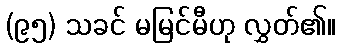
(၉၅) သခင် မမြင်မီဟု လွှတ်၏။